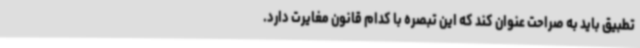
تطبیق باید به صراحت عنوان کند که این تبصره با کدام قانون مغایرت دارد.